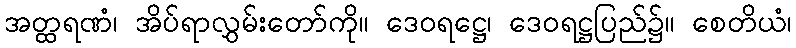
အတ္ထရဏံ၊ အိပ်ရာလွှမ်းတော်ကို။ ဒေဝရဋ္ဌေ၊ ဒေဝရဋ္ဌပြည်၌။ စေတိယံ၊